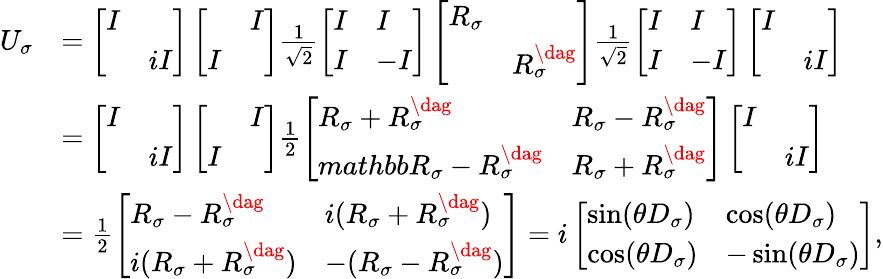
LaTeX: \begin{array}{rl}{U_{\sigma}}&{=\left[\begin{array}{ll}{I}&\\ &{iI}\end{array}\right]\left[\begin{array}{ll}&{I}\\ {I}&\end{array}\right]\frac{1}{\sqrt{2}}\left[\begin{array}{ll}{I}&{I}\\ {I}&{-I}\end{array}\right]\left[\begin{array}{ll}{R_{\sigma}}&\\ &{R_{\sigma}^{\dag}}\end{array}\right]\frac{1}{\sqrt{2}}\left[\begin{array}{ll}{I}&{I}\\ {I}&{-I}\end{array}\right]\left[\begin{array}{ll}{I}&\\ &{iI}\end{array}\right]}\\ &{=\left[\begin{array}{ll}{I}&\\ &{iI}\end{array}\right]\left[\begin{array}{ll}&{I}\\ {I}&\end{array}\right]\frac{1}{2}\left[\begin{array}{ll}{R_{\sigma}+R_{\sigma}^{\dag}}&{R_{\sigma}-R_{\sigma}^{\dag}}\\ {mathbb{R}_{\sigma}-R_{\sigma}^{\dag}}&{R_{\sigma}+R_{\sigma}^{\dag}}\end{array}\right]\left[\begin{array}{ll}{I}&\\ &{iI}\end{array}\right]}\\ &{=\frac{1}{2}\left[\begin{array}{ll}{R_{\sigma}-R_{\sigma}^{\dag}}&{i(R_{\sigma}+R_{\sigma}^{\dag})}\\ {i(R_{\sigma}+R_{\sigma}^{\dag})}&{-(R_{\sigma}-R_{\sigma}^{\dag})}\end{array}\right]=i\left[\begin{array}{ll}{\sin(\theta D_{\sigma})}&{\cos(\theta D_{\sigma})}\\ {\cos(\theta D_{\sigma})}&{-\sin(\theta D_{\sigma})}\end{array}\right],}\end{array}